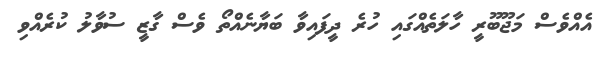
އެއްވެސް މަޖޫބޫރީ ހާލަތެއްގައި ހުރެ ދީފައިވާ ބަޔާނެއްތޯ ވެސް ގާޒީ ސުވާލު ކުރެއްވި